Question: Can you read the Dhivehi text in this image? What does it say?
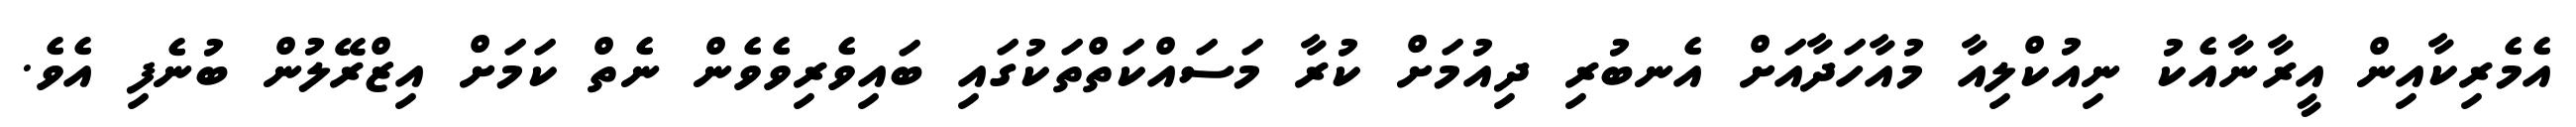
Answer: އެމެރިކާއިން އީރާނާއެކު ނިއުކްލިއާ މުއާހަދާއަށް އެނބުރި ދިއުމަށް ކުރާ މަސައްކަތްތަކުގައި ބައިވެރިވެވެން ނެތް ކަމަށް އިޒްރޭލުން ބުނެފި އެވެ.